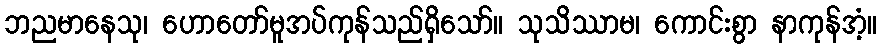
ဘညမာနေသု၊ ဟောတော်မူအပ်ကုန်သည်ရှိသော်။ သုသိဿာမ၊ ကောင်းစွာ နာကုန်အံ့။